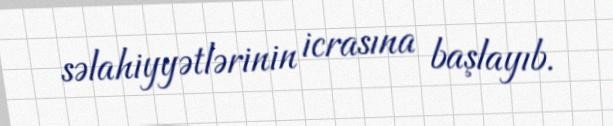
səlahiyyətlərinin icrasına başlayıb.